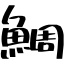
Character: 鯛